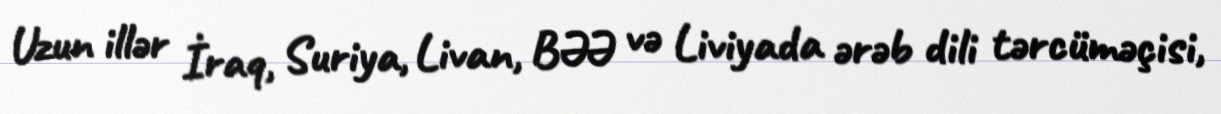
Uzun illər İraq, Suriya, Livan, BƏƏ və Liviyada ərəb dili tərcüməçisi,